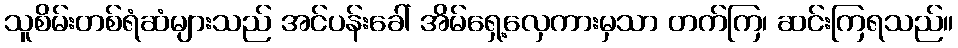
သူစိမ်းတစ်ရံဆံများသည် အင်ပန်းခေါ် အိမ်ရှေ့လှေကားမှသာ တက်ကြ၊ ဆင်းကြရသည်။